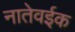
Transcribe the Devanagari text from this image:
नातेवईक